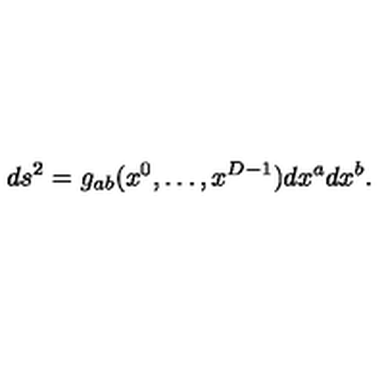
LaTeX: d s ^ { 2 } = g _ { a b } ( x ^ { 0 } , \ldots , x ^ { D - 1 } ) d x ^ { a } d x ^ { b } .